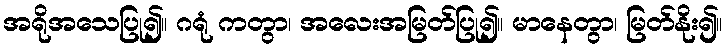
အရိုအသေပြု၍။ ဂရုံ ကတွာ၊ အလေးအမြတ်ပြု၍။ မာနေတွာ၊ မြတ်နိုး၍။